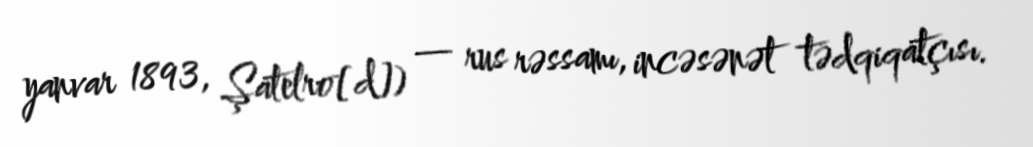
yanvar 1893, Şatelro[d]) — rus rəssamı, incəsənət tədqiqatçısı.